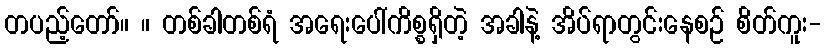
တပည့်တော်။ ။ တစ်ခါတစ်ရံ အရေးပေါ်ကိစ္စရှိတဲ့ အခါနဲ့ အိပ်ရာတွင်းနေစဉ် စိတ်ကူး-